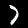
Label: 7